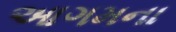
આગમના